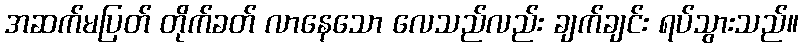
အဆက်မပြတ် တိုက်ခတ် လာနေသော လေသည်လည်း ချက်ချင်း ရပ်သွားသည်။